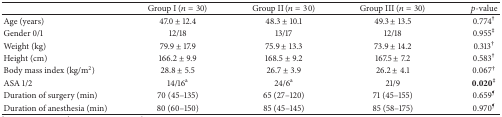
<table><thead><tr><td><b> </b></td><td><b>Group I (<i>n</i> = 30)</b></td><td><b>Group II (<i>n</i> = 30)</b></td><td><b>Group III (<i>n</i> = 30)</b></td><td><b><i>p</i>-value</b></td></tr></thead><tbody><tr><td>Age (years)</td><td>47.0 ± 12.4</td><td>48.3 ± 10.1</td><td>49.3 ± 13.5</td><td>0.774<sup>†</sup></td></tr><tr><td>Gender 0/1</td><td>12/18</td><td>13/17</td><td>12/18</td><td>0.955<sup>‡</sup></td></tr><tr><td>Weight (kg)</td><td>79.9 ± 17.9</td><td>75.9 ± 13.3</td><td>73.9 ± 14.2</td><td>0.313<sup>†</sup></td></tr><tr><td>Height (cm)</td><td>166.2 ± 9.9</td><td>168.5 ± 9.2</td><td>167.5 ± 7.2</td><td>0.583<sup>†</sup></td></tr><tr><td>Body mass index (kg/m<sup>2</sup>)</td><td>28.8 ± 5.5</td><td>26.7 ± 3.9</td><td>26.2 ± 4.1</td><td>0.067<sup>†</sup></td></tr><tr><td>ASA 1/2</td><td>14/16<sup>a</sup></td><td>24/6<sup>a</sup></td><td>21/9</td><td><b>0.020</b><sup>‡</sup></td></tr><tr><td>Duration of surgery (min)</td><td>70 (45–135)</td><td>65 (27–120)</td><td>71 (45–155)</td><td>0.659<sup>¶</sup></td></tr><tr><td>Duration of anesthesia (min)</td><td>80 (60–150)</td><td>85 (45–145)</td><td>85 (58–175)</td><td>0.970<sup>¶</sup></td></tr></tbody></table>